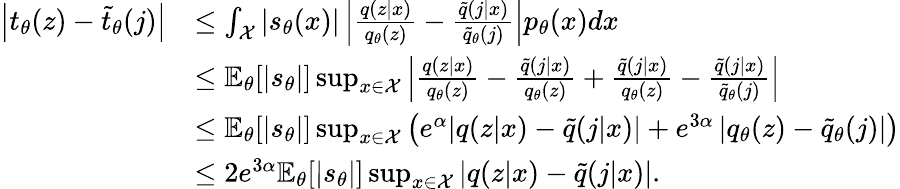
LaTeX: \begin{array}{rl}{\left|t_{\theta}(z)-\tilde{t}_{\theta}(j)\right|}&{\le\int_{\mathcal X}|s_{\theta}(x)|\left|\frac{q(z|x)}{q_{\theta}(z)}-\frac{\tilde{q}(j|x)}{\tilde{q}_{\theta}(j)}\right|p_{\theta}(x)dx}\\ &{\le{\mathbb E}_{\theta}[|s_{\theta}|]\operatorname*{sup}_{x\in\mathcal X}\left|\frac{q(z|x)}{q_{\theta}(z)}-\frac{\tilde{q}(j|x)}{q_{\theta}(z)}+\frac{\tilde{q}(j|x)}{q_{\theta}(z)}-\frac{\tilde{q}(j|x)}{\tilde{q}_{\theta}(j)}\right|}\\ &{\le{\mathbb E}_{\theta}[|s_{\theta}|]\operatorname*{sup}_{x\in\mathcal X}\left(e^{\alpha}|q(z|x)-\tilde{q}(j|x)|+e^{3\alpha}\left|q_{\theta}(z)-\tilde{q}_{\theta}(j)\right|\right)}\\ &{\le 2e^{3\alpha}{\mathbb E}_{\theta}[|s_{\theta}|]\operatorname*{sup}_{x\in\mathcal X}|q(z|x)-\tilde{q}(j|x)|.}\end{array}